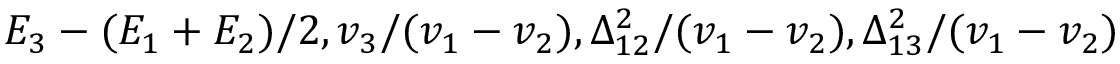
E _ { 3 } - ( E _ { 1 } + E _ { 2 } ) / 2 , v _ { 3 } / ( v _ { 1 } - v _ { 2 } ) , \Delta _ { 1 2 } ^ { 2 } / ( v _ { 1 } - v _ { 2 } ) , \Delta _ { 1 3 } ^ { 2 } / ( v _ { 1 } - v _ { 2 } )